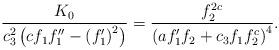
LaTeX: \begin{align*}\frac{K_{0}}{c_{3}^{2}\left( cf_{1}f_{1}^{\prime \prime }-\left(f_{1}^{\prime }\right) ^{2}\right) }=\frac{f_{2}^{2c}}{\left( af_{1}^{\prime}f_{2}+c_{3}f_{1}f_{2}^{c}\right) ^{4}}. \end{align*}